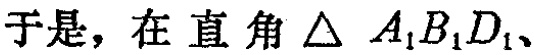
于是，在直角$\triangle A_{1}B_{1}D_{1}$、